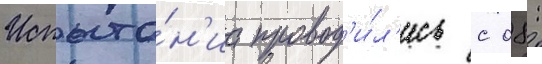
Испыта́н'иа провод'и́л'ись с 08: